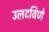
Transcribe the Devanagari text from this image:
उलटविणे